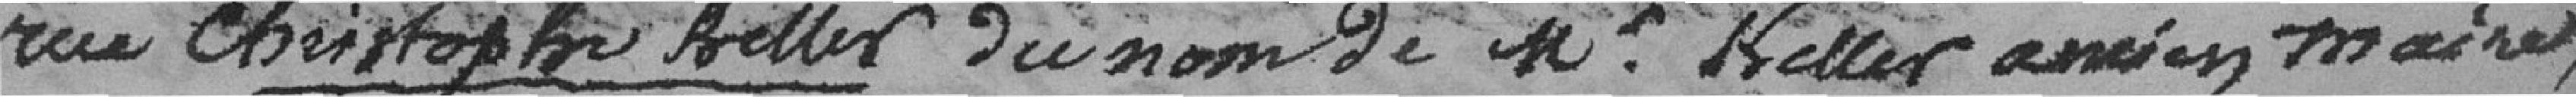
rue Christophe Keller du nom de Mr. Keller ancien maire,